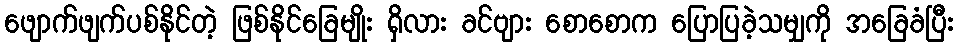
ဖျောက်ဖျက်ပစ်နိုင်တဲ့ ဖြစ်နိုင်ခြေမျိုး ရှိလား ခင်ဗျား စောစောက ပြောပြခဲ့သမျှကို အခြေခံပြီး